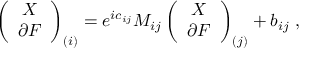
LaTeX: \left( \begin{array} { c } { { X } } \\ { { \partial F } } \end{array} \right) _ { ( i ) } = e ^ { i c _ { i j } } M _ { i j } \left( \begin{array} { c } { { X } } \\ { { \partial F } } \end{array} \right) _ { ( j ) } + b _ { i j } \ ,